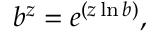
b ^ { z } = e ^ { ( z \ln b ) } ,